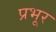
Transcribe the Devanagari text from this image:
प्रभूर